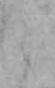
と